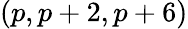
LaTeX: (p,p+2,p+6)